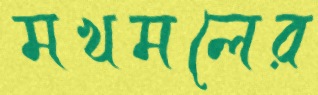
মখমলের